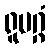
ရူပဂ္ဂံ